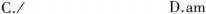
C./ D.am